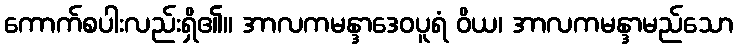
ကောက်စပါးလည်းရှိ၏။ အာလကမန္ဒာဒေဝပူရံ ဝိယ၊ အာလကမန္ဒာမည်သော